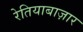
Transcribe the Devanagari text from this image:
रेतियाबाज़ार